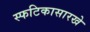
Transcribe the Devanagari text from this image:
स्फटिकासारखे